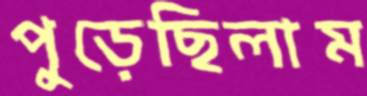
পুড়েছিলাম